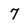
Character: 7